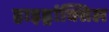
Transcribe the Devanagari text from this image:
हाइड्रांक्सिल